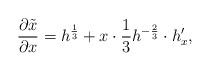
LaTeX: \begin{align*}\frac{\partial \tilde x}{\partial x} = h^{\frac{1}{3}} + x\cdot \frac{1}{3} h^{-\frac{2}{3}}\cdot h_x',\end{align*}